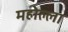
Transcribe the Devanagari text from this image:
महोल्ला